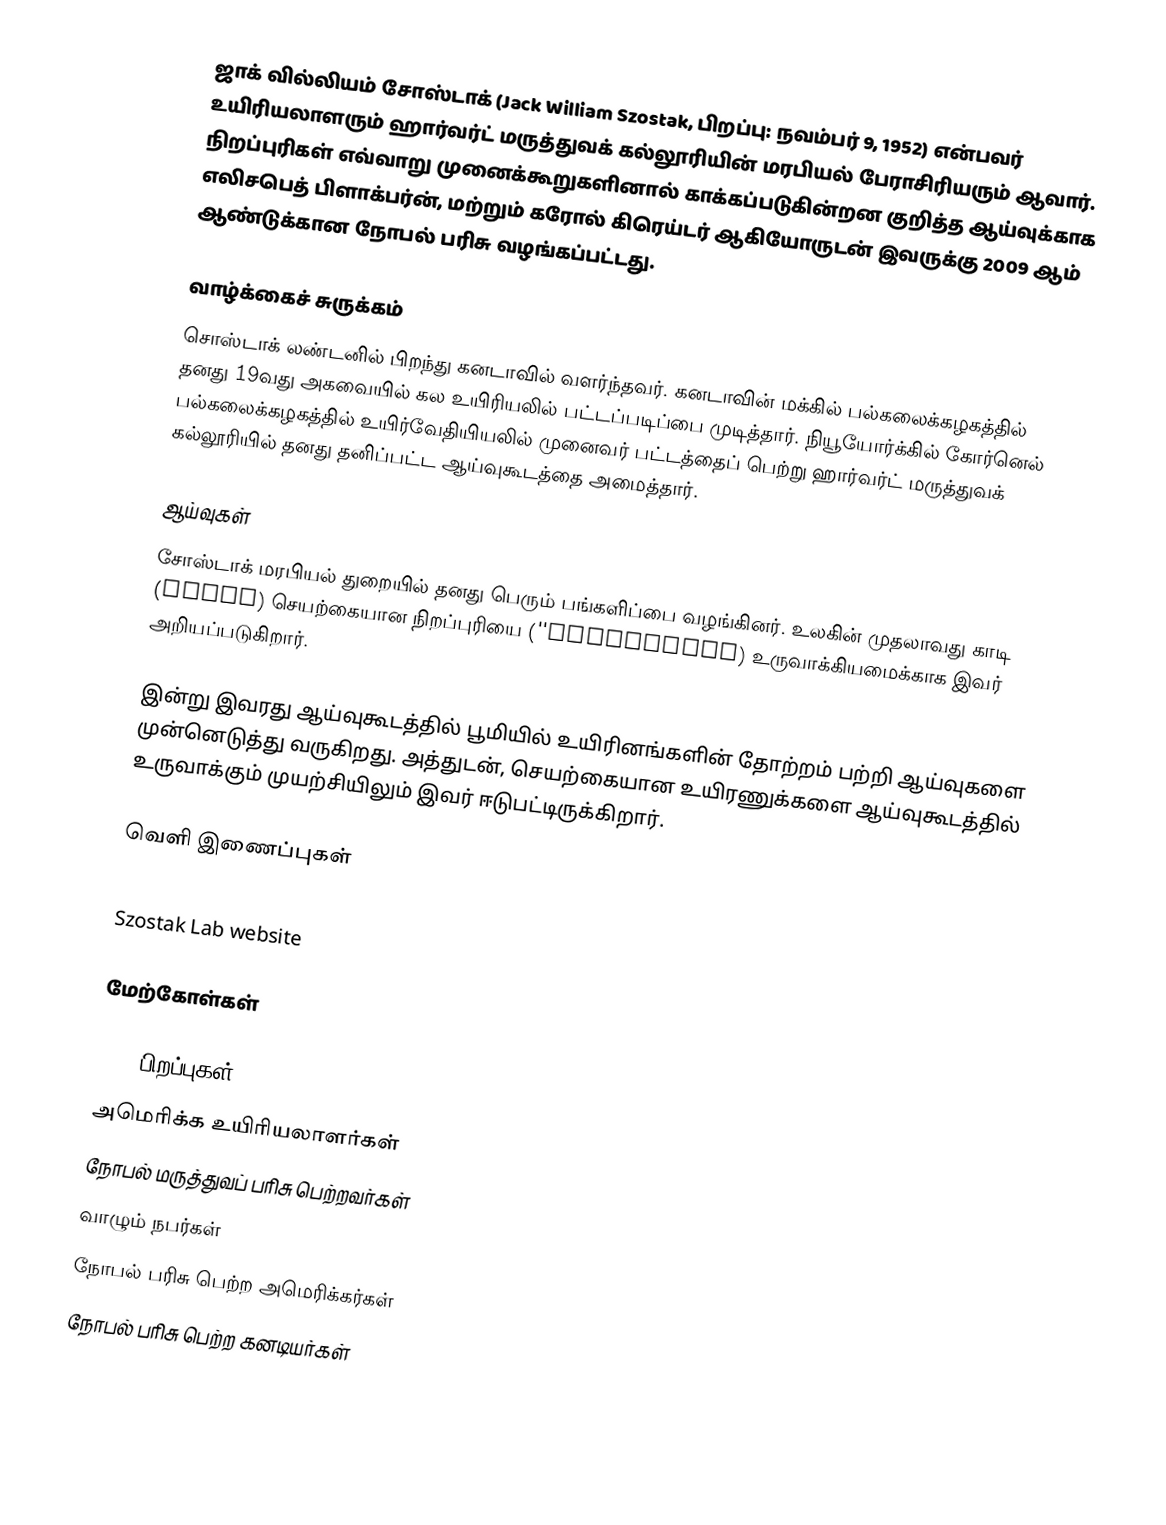
ஜாக் வில்லியம் சோஸ்டாக் (Jack William Szostak, பிறப்பு: நவம்பர் 9, 1952) என்பவர் உயிரியலாளரும் ஹார்வர்ட் மருத்துவக் கல்லூரியின் மரபியல் பேராசிரியரும் ஆவார். நிறப்புரிகள் எவ்வாறு முனைக்கூறுகளினால் காக்கப்படுகின்றன குறித்த ஆய்வுக்காக எலிசபெத் பிளாக்பர்ன், மற்றும் கரோல் கிரெய்டர் ஆகியோருடன் இவருக்கு 2009 ஆம் ஆண்டுக்கான நோபல் பரிசு வழங்கப்பட்டது.

வாழ்க்கைச் சுருக்கம்
சொஸ்டாக் லண்டனில் பிறந்து கனடாவில் வளர்ந்தவர். கனடாவின் மக்கில் பல்கலைக்கழகத்தில் தனது 19வது அகவையில் கல உயிரியலில் பட்டப்படிப்பை முடித்தார். நியூயோர்க்கில் கோர்னெல் பல்கலைக்கழகத்தில் உயிர்வேதியியலில் முனைவர் பட்டத்தைப் பெற்று ஹார்வர்ட் மருத்துவக் கல்லூரியில் தனது தனிப்பட்ட ஆய்வுகூடத்தை அமைத்தார்.

ஆய்வுகள்
சோஸ்டாக் மரபியல் துறையில் தனது பெரும் பங்களிப்பை வழங்கினர். உலகின் முதலாவது காடி (yeast) செயற்கையான நிறப்புரியை (''chromosome) உருவாக்கியமைக்காக இவர் அறியப்படுகிறார்.

இன்று இவரது ஆய்வுகூடத்தில் பூமியில் உயிரினங்களின் தோற்றம் பற்றி ஆய்வுகளை முன்னெடுத்து வருகிறது. அத்துடன், செயற்கையான உயிரணுக்களை ஆய்வுகூடத்தில் உருவாக்கும் முயற்சியிலும் இவர் ஈடுபட்டிருக்கிறார்.

வெளி இணைப்புகள்
 Nobel Prize information
 Szostak Lab website

மேற்கோள்கள்

1952 பிறப்புகள்
அமெரிக்க உயிரியலாளர்கள்
நோபல் மருத்துவப் பரிசு பெற்றவர்கள்
வாழும் நபர்கள்
நோபல் பரிசு பெற்ற அமெரிக்கர்கள்
நோபல் பரிசு பெற்ற கனடியர்கள்